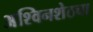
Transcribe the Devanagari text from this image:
अश्विनशेठचा